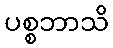
ပစ္စဘာသိ